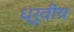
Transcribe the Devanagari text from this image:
ध्रूवीय